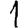
Digit: 1